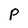
Character: P